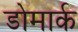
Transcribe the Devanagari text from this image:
डोमार्क